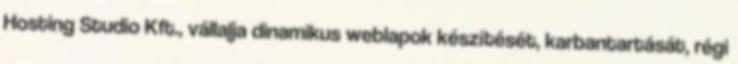
Hosting Studio Kft., vállalja dinamikus weblapok készítését, karbantartását, régi